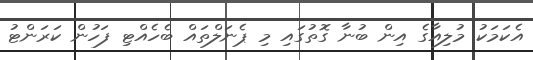
އެކަމަކު މުލިއާގެ އިން ބުނާ ގޮތުގައި މި ޕެނަލްތައް ބެހެއްޓި ފަހުން ކަރަންޓު